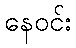
နေဝင်း